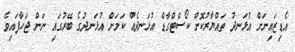
އެޑިޒައިނަށް އުޅަނދު ތައްޔާރުކޮށް ކޯސްޓްގާޑް އުޅަނދެއް ކަމަށް އުޅަނދުގެ ބޭރުގައި ނަން ޖަހާފައިވެ